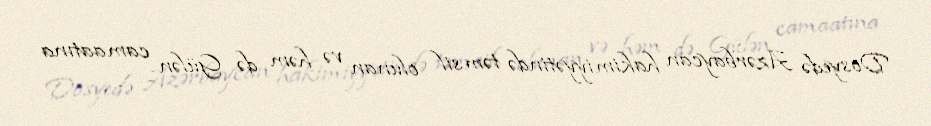
Dosyedə Azərbaycan hakimiyyətində təmsil olunan və həm də Gülən camaatına